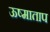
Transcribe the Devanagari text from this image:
ऊष्माताप